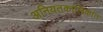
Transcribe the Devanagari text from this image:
अनियतकालिकांत